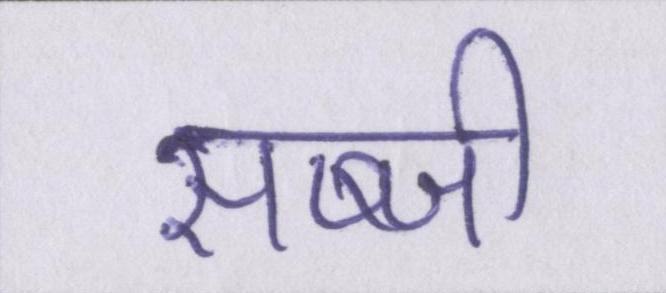
सब्जी